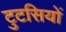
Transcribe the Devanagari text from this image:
टुटसियों